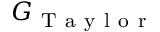
G _ { \mathrm { ~ T ~ a ~ y ~ l ~ o ~ r ~ } }